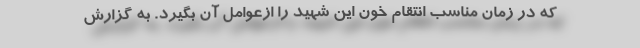
که در زمان مناسب انتقام خون این شهید را ازعوامل آن بگیرد. به گزارش